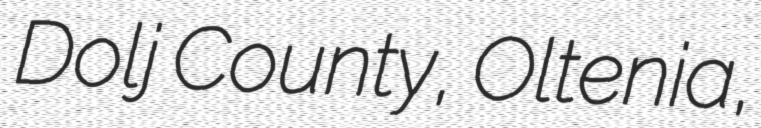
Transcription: Dolj County, Oltenia,